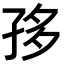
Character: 𡥥